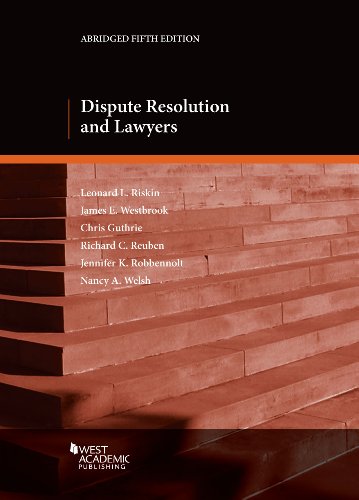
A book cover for Dispute Resolution and Lawyers (American Casebook Series); Leonard Riskin; Law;